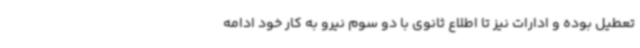
تعطیل بوده و ادارات نیز تا اطلاع ثانوی با دو سوم نیرو به کار خود ادامه